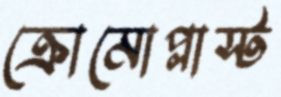
ক্রোমোপ্লাস্ট